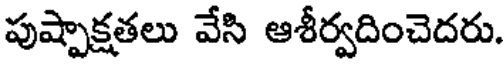
పుష్పాక్షతలు వేసి ఆశీర్వదించెదరు.